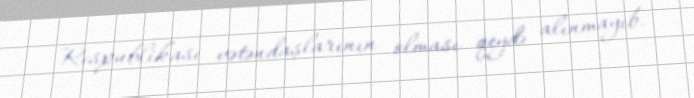
Respublikası vətəndaşlarının olması qeydə alınmayıb.